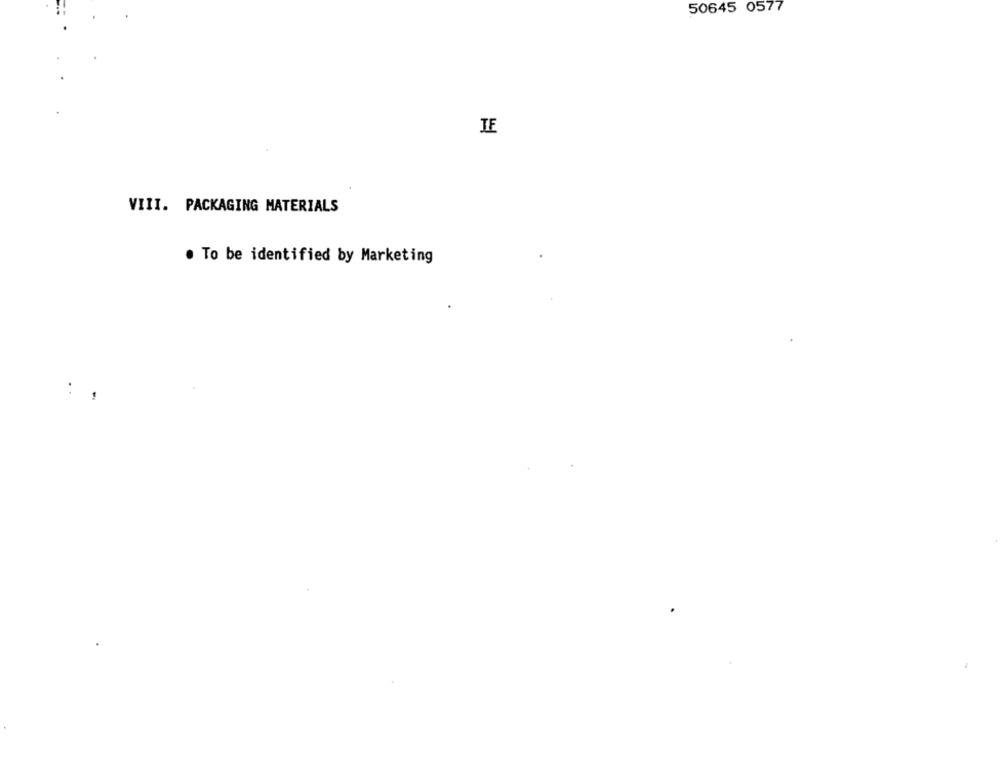
50645 0577
IE
VIII. PACKAGING MATERIALS
. To be identified by Marketing
: ,